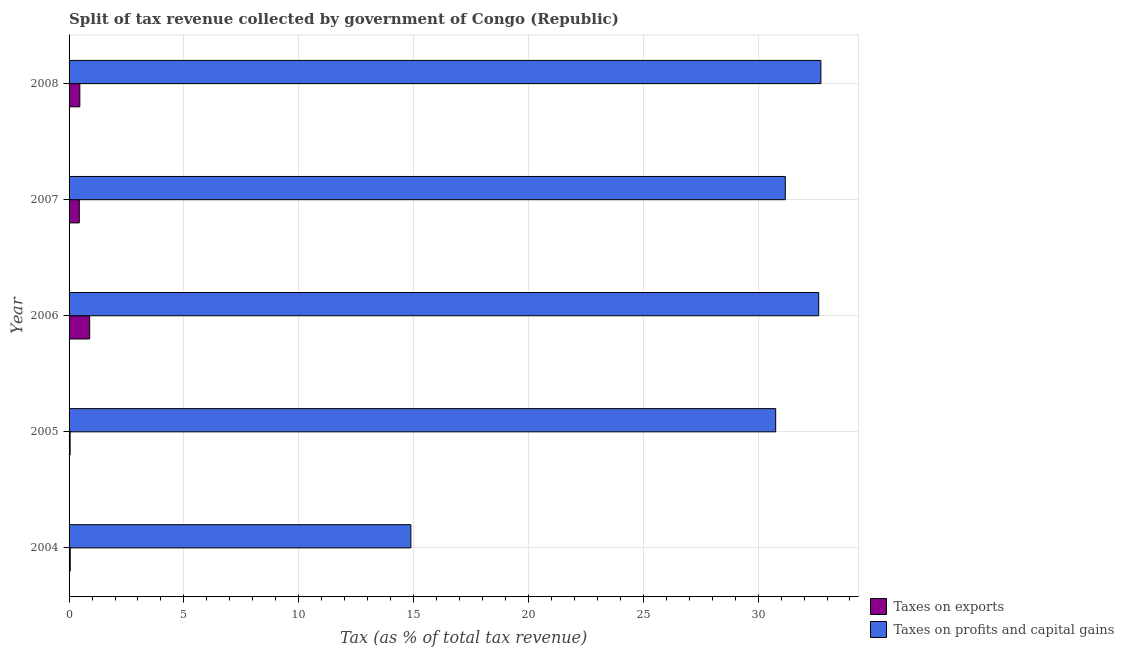
| Year | Taxes on exports | Taxes on profits and capital gains |
 | --- | --- | --- |
 | 2004 | 0.0504 | 14.9 |
 | 2005 | 0.0454 | 30.8 |
 | 2006 | 0.897 | 32.6 |
 | 2007 | 0.446 | 31.2 |
 | 2008 | 0.468 | 32.7 |